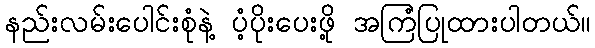
နည်းလမ်းပေါင်းစုံနဲ့ ပံ့ပိုးပေးဖို့ အကြံပြုထားပါတယ်။